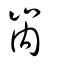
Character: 𡶀